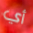
أي